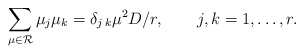
\begin{align*}\sum_{\mu\in{\cal R}}\mu_j\mu_k=\delta_{j\,k}\mu^2D/r,\qquad j,k=1,\ldots, r.\end{align*}